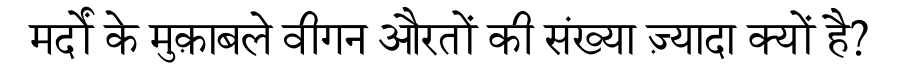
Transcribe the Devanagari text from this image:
मर्दों के मुक़ाबले वीगन औरतों की संख्या ज़्यादा क्यों है?